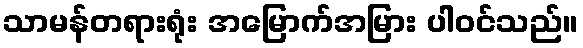
သာမန်တရားရုံး အမြောက်အမြား ပါဝင်သည်။